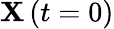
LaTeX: \mathbf{X}\left(t=0\right)